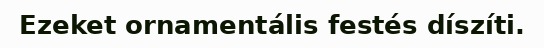
Ezeket ornamentális festés díszíti.